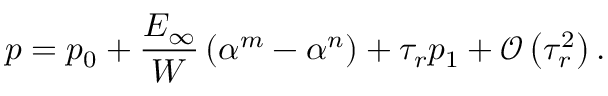
p = p _ { 0 } + \frac { E _ { \infty } } { W } \left( \alpha ^ { m } - \alpha ^ { n } \right) + \tau _ { r } p _ { 1 } + \mathcal { O } \left( \tau _ { r } ^ { 2 } \right) .